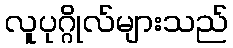
လူပုဂ္ဂိုလ်များသည်